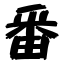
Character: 番